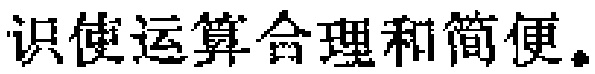
识使运算合理和简便。